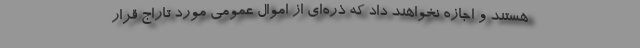
هستند و اجازه نخواهند داد که ذره‌ای از اموال عمومی مورد تاراج قرار